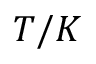
T / K